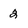
Character: 2